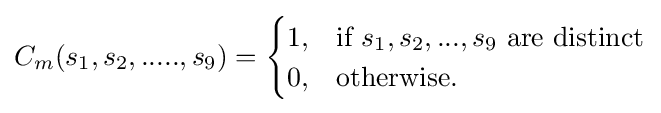
C_{m}(s_{1},s_{2},.....,s_{9})={\begin{cases}1,&{\text{if }}s_{1},s_{2},...,s_{9}{\text{ are distinct}}\\0,&{\text{otherwise.}}\end{cases}}